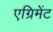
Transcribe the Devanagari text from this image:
एग्रिमेंट